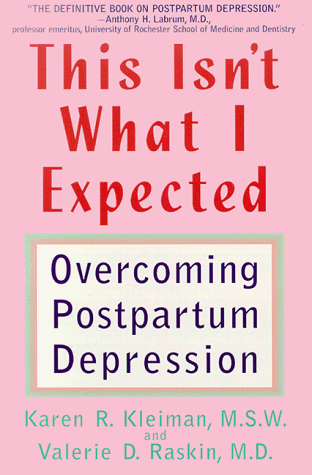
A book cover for This Isn't What I Expected: Overcoming Postpartum Depression; Karen Kleiman; Health, Fitness & Dieting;